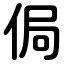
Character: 侷